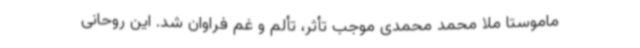
ماموستا ملا محمد محمدی موجب تأثر، تألم و غم فراوان شد. این روحانی